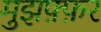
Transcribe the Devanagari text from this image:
मुझफ़्फ़र